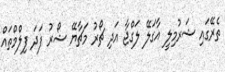
ތެރޭގައި ޝަރުމިލީ އާގަލޭ ލަގްޖާ އަދި ޗޯރު މަޗާޔޭ ޝޯރު ފަދަ ފިލްމްތައް